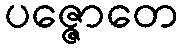
ပဇ္ဇောတေ